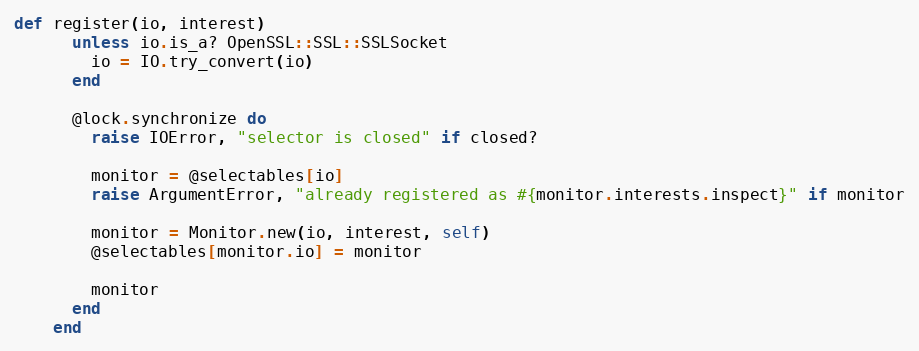
Language: Ruby
def register(io, interest)
      unless io.is_a? OpenSSL::SSL::SSLSocket
        io = IO.try_convert(io)
      end

      @lock.synchronize do
        raise IOError, "selector is closed" if closed?

        monitor = @selectables[io]
        raise ArgumentError, "already registered as #{monitor.interests.inspect}" if monitor

        monitor = Monitor.new(io, interest, self)
        @selectables[monitor.io] = monitor

        monitor
      end
    end